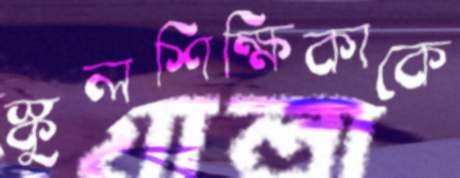
স্কুলশিক্ষিকাকে